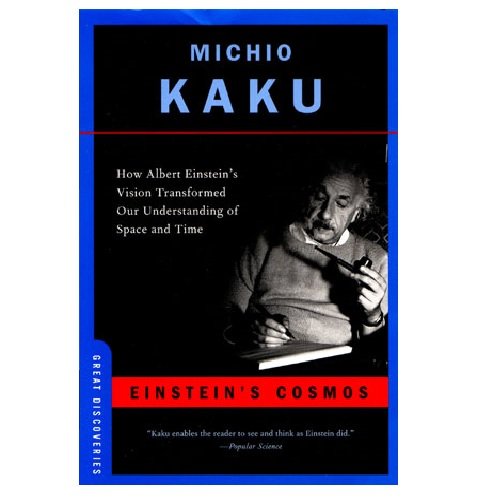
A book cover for Einstein's Cosmos: How Albert Einstein's Vision Transformed Our Understanding of Space and Time (Great Discoveries); Michio Kaku; Science & Math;